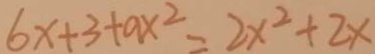
6 x + 3 + a x ^ { 2 } = 2 x ^ { 2 } + 2 x